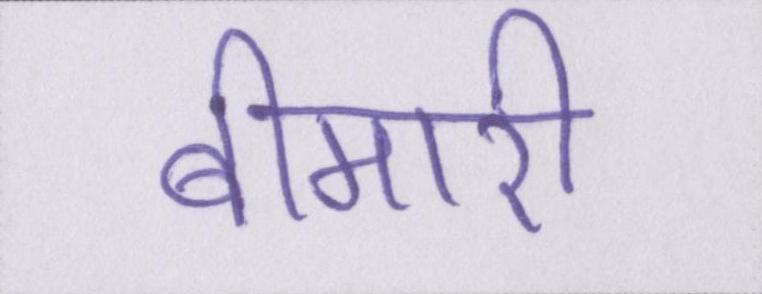
बीमारी